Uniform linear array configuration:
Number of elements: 8
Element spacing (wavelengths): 0.5
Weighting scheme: cosine
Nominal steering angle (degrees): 45
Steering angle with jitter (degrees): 46.959
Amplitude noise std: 0.05
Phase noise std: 0.05

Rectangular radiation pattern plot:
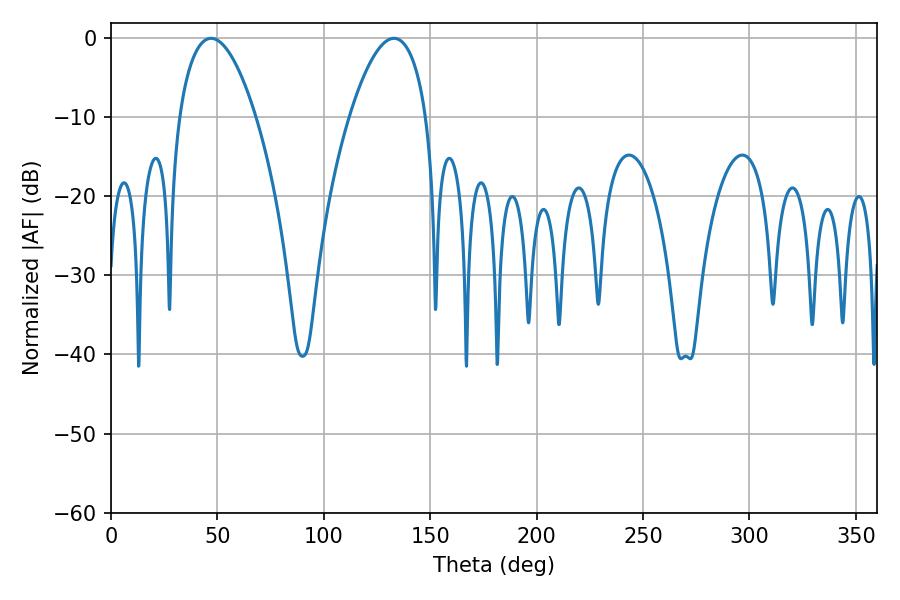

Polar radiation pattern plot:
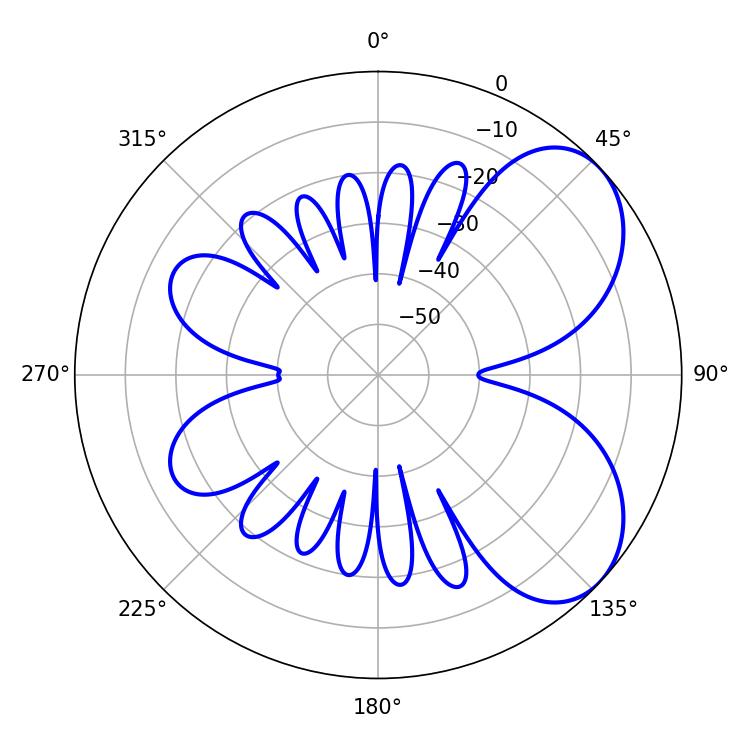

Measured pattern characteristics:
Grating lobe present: FALSE
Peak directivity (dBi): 5.726
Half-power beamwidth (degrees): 19.98
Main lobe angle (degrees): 46.98